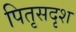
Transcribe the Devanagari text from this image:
पितृसदृश